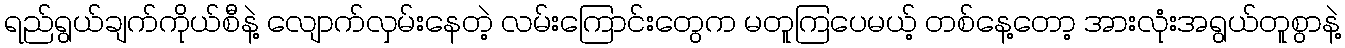
ရည်ရွယ်ချက်ကိုယ်စီနဲ့ လျောက်လှမ်းနေတဲ့ လမ်းကြောင်းတွေက မတူကြပေမယ့် တစ်နေ့တော့ အားလုံးအရွယ်တူစွာနဲ့